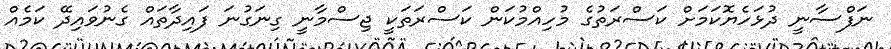
ނަފްސާނީ ދުޅަހެޔޮކަމަށް ކަސްރަތުގެ މުހިއްމުކަން ކަސްރަތަކީ ޖިސްމާނީ ގިނަގުނަ ފައިދާތައް ގެނުވައިދޭ ކަމެއް